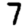
Digit: 7